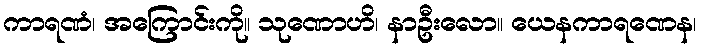
ကာရဏံ၊ အကြောင်းကို။ သုဏောဟိ၊ နာဦးလော။ ယေနကာရဏေန၊